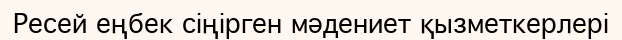
Ресей еңбек сіңірген мәдениет қызметкерлері